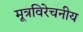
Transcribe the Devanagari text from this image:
मूत्रविरेचनीय